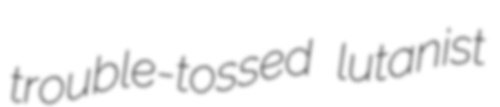
trouble-tossed lutanist